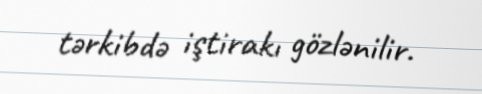
tərkibdə iştirakı gözlənilir.